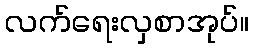
လက်ရေးလှစာအုပ်။